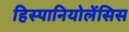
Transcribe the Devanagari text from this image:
हिस्पानियोलेंसिस